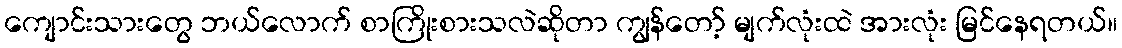
ကျောင်းသားတွေ ဘယ်လောက် စာကြိုးစားသလဲဆိုတာ ကျွန်တော့် မျက်လုံးထဲ အားလုံး မြင်နေရတယ်။